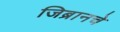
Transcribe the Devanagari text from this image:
जिब्रानचे